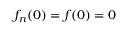
f _ { n } ( 0 ) = f ( 0 ) = 0